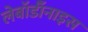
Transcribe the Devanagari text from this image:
लेबॉर्डॉनाइस